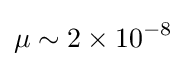
\mu \sim 2\times 10^{-8}